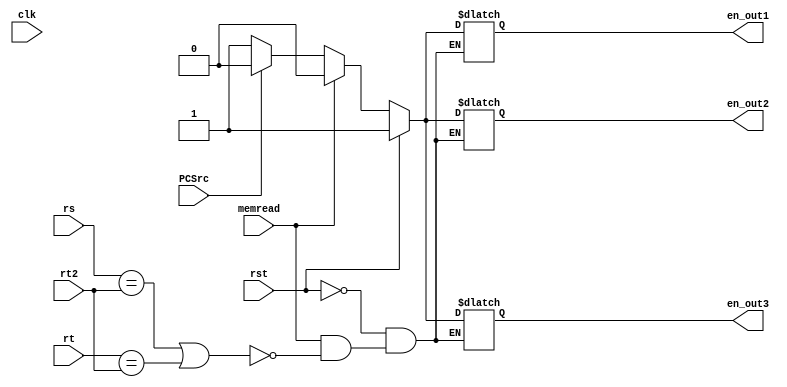
module Hazard(clk, rst, rs, rt, rt2, PCSrc, memread, en_out1, en_out2, en_out3) ;

input clk, rst, memread, PCSrc;
input [4:0] rs, rt, rt2;
output reg en_out1, en_out2, en_out3;

always@(memread or rst or PCSrc) begin 
	if (rst) begin 
		en_out1 <= 1'b1 ;
		en_out2 <= 1'b1 ;
		en_out3 <= 1'b1 ;
	end 
	else if (memread) begin 
		if (rs == rt2 || rt == rt2) begin 
			en_out1 <= 1'b0 ;
			en_out2 <= 1'b0 ;
			en_out3 <= 1'b0 ;
		end 
	end 
	else if (PCSrc) begin 
		en_out1 <= 1'b0 ;
		en_out2 <= 1'b0 ;
		en_out3 <= 1'b0 ;
	end 
	else begin 
		en_out1 <= 1;
		en_out2 <= 1;
		en_out3 <= 1;
	end 
end 

endmodule